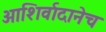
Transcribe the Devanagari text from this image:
आशिर्वादानेच